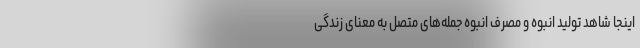
اینجا شاهد تولید انبوه و مصرف انبوه جمله‌های متصل به معنای زندگی